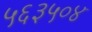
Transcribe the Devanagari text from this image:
५६३५०४